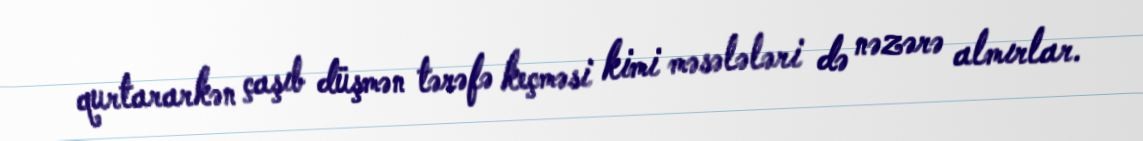
qurtararkən çaşıb düşmən tərəfə keçməsi kimi məsələləri də nəzərə almırlar.